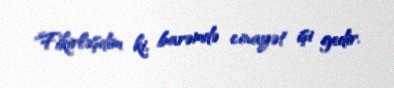
"Fikirləşdim ki, barəmdə cinayət işi gedir.